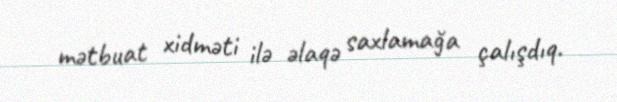
mətbuat xidməti ilə əlaqə saxlamağa çalışdıq.